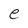
Character: e